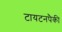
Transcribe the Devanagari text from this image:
टायटनपैकी